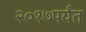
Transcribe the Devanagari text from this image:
२०१७पर्यंत